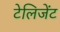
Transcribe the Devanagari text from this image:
टेलिजेंट